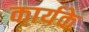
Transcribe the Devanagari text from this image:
कार्यके